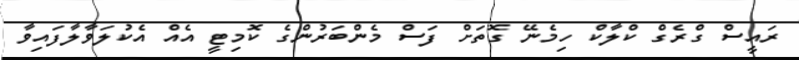
ރައީސް ގްރެގް ކްލާކް ހިމެނޭ ގޮތަށް ފަސް މެންބަރުންގެ ކޮމިޓީ އެއް އެކުލަވާލާފައިވާ